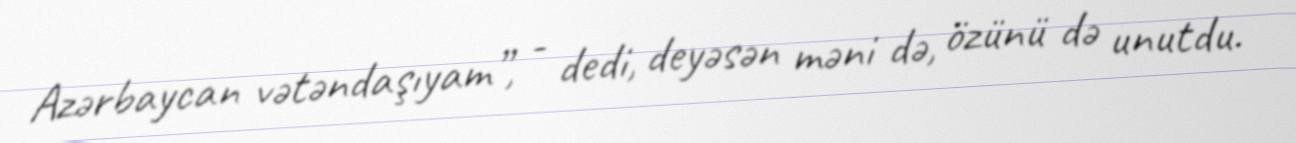
Azərbaycan vətəndaşıyam”, - dedi, deyəsən məni də, özünü də unutdu.